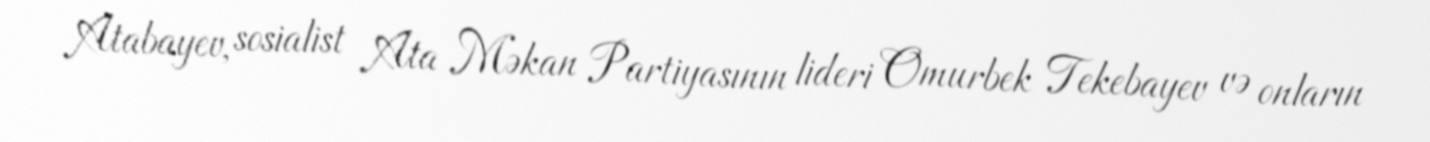
Atabayev, sosialist Ata Məkan Partiyasının lideri Omurbek Tekebayev və onların